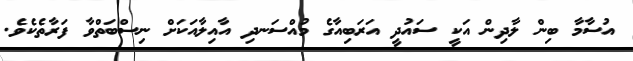
އުސާމާ ބިން ލާދިން އަކީ ސައުދީ އަރަބިއާގެ މުއްސަނދި އާއިލާއަކަށް ނިސްބަތްވާ ފަރާތެކެވެ.